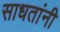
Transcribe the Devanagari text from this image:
साधतांनी